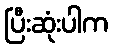
ပြီးဆုံးပါက